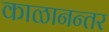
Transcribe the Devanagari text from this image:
काळानन्तर